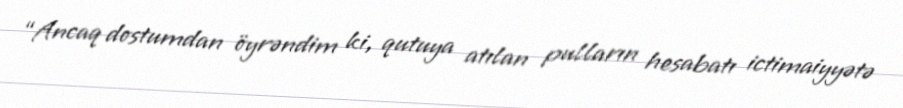
“Ancaq dostumdan öyrəndim ki, qutuya atılan pulların hesabatı ictimaiyyətə